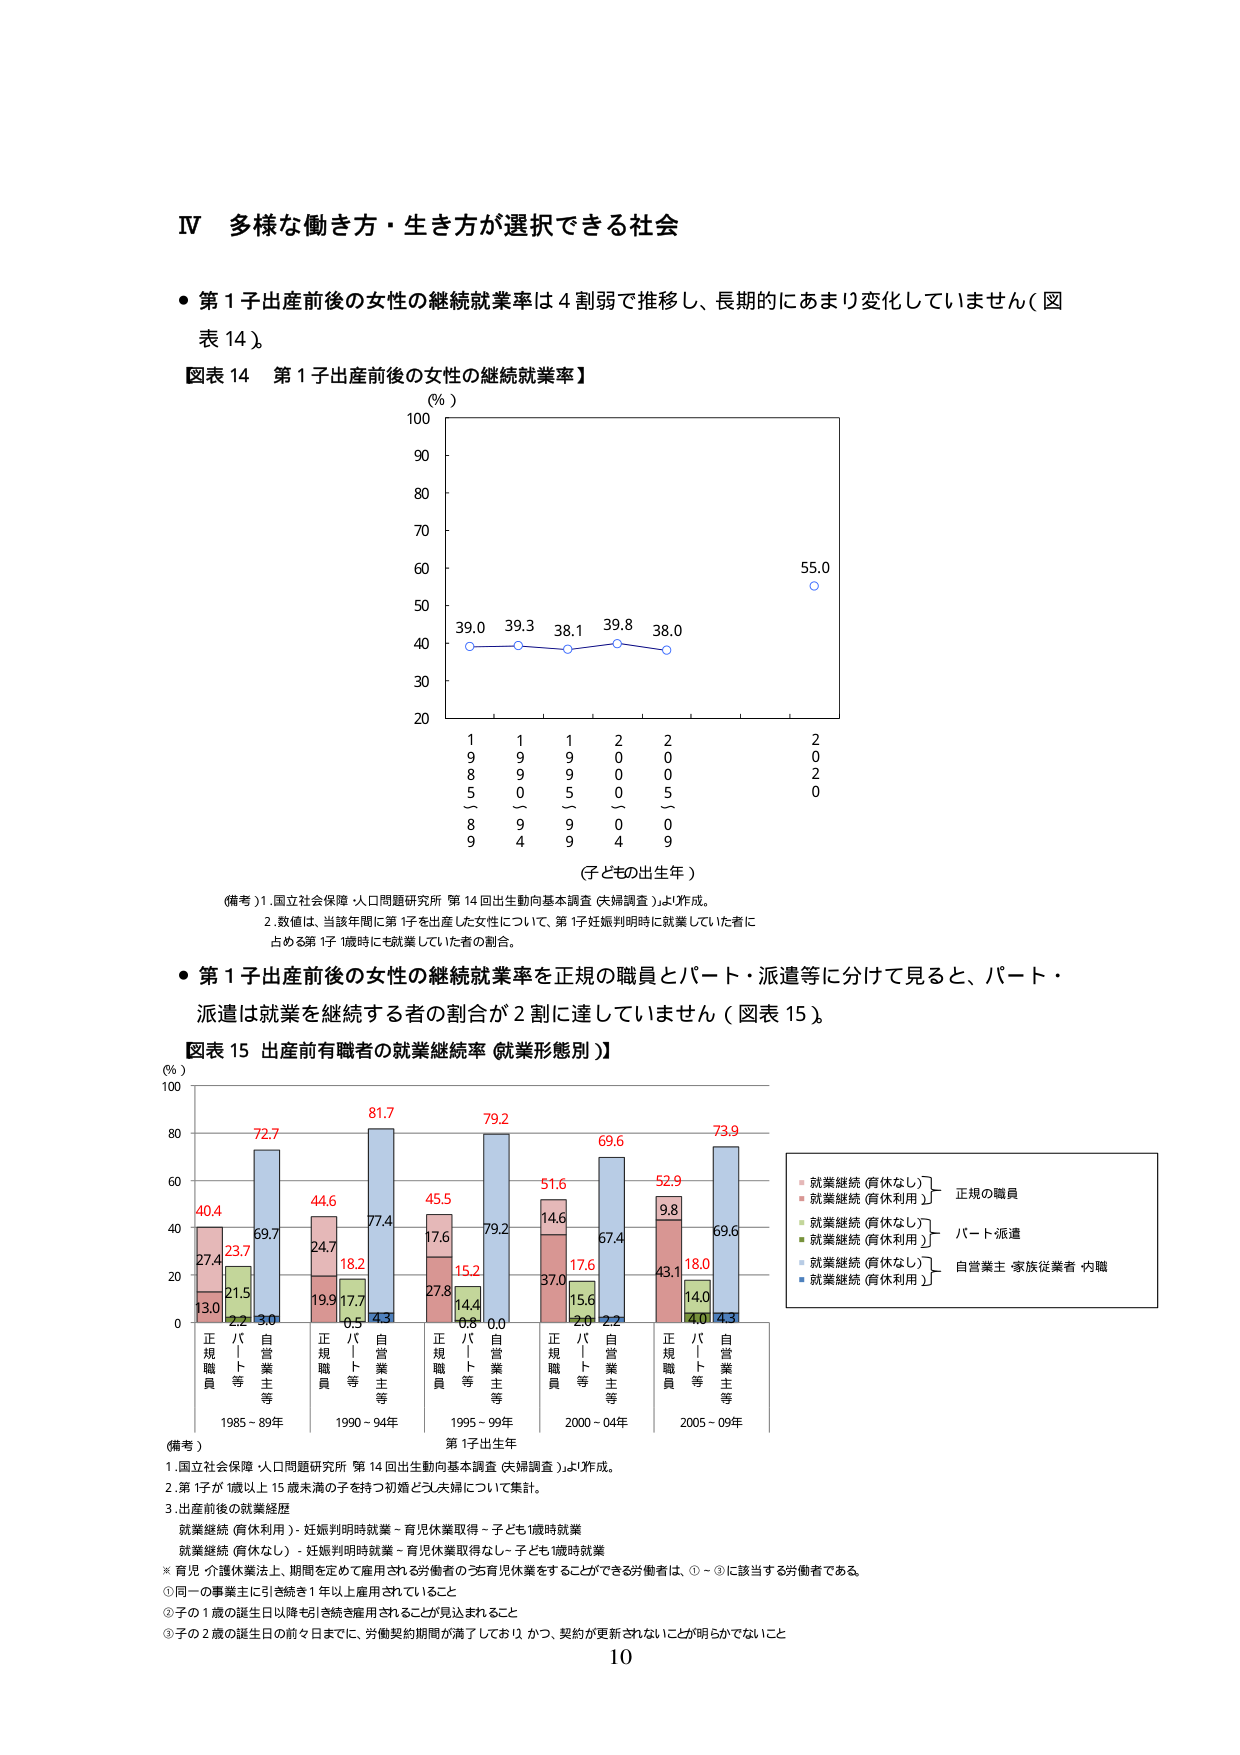
Ⅳ 多様な働き方・生き方が選択できる社会

・第1子出産前後の女性の継続就業率は4割弱で推移し、長期的にあまり変化していません（図表14）。

図表14 第1子出産前後の女性の継続就業率】

（％）
100
90
80
70
60
50
40
30
20

39.0 39.3 38.1 39.8 38.0 55.0

1 1 1 2 2 2
9 9 9 0 0 0
8 9 9 0 0 2
5 0 5 0 5 0
～ ～ ～ ～ ～
8 9 9 0 0
9 4 9 4 9

（子どもの出生年）

（備考）1. 国立社会保障・人口問題研究所 第14回出生動向基本調査（夫婦調査）より作成。
2. 数値は、当該年間に第1子を出産した女性について、第1子妊娠判明時に就業していた者に占める第1子1歳時にも就業していた者の割合。

・第1子出産前後の女性の継続就業率を正規の職員とパート・派遣等に分けて見ると、パート・派遣は就業を継続する者の割合が2割に達していません（図表15）。

図表15 出産前有職者の就業継続率（就業形態別）】

（％）
100
80
60
40
20
0

40.4 72.7 69.7 44.6 81.7 77.4 45.5 79.2 51.6 69.6 52.9 73.9
27.4 23.7 24.7 18.2 17.6 15.2 14.4 0.0 37.0 17.6 15.6 2.2 43.1 18.0 14.0 4.3
13.0 21.5 3.0 19.9 17.7 4.3 27.8 0.8 67.4 9.8 69.6

正規職員 パート等 自営業主等 正規職員 パート等 自営業主等 正規職員 パート等 自営業主等 正規職員 パート等 自営業主等 正規職員 パート等 自営業主等

1985-89年 1990-94年 1995-99年 2000-04年 2005-09年

第1子出生年

（備考）
1. 国立社会保障・人口問題研究所 第14回出生動向基本調査（夫婦調査）より作成。
2. 第1子が1歳以上15歳未満の子を持つ初婚と2人夫婦について集計。
3. 出産前後の就業経歴
就業継続（育休利用）：妊娠判明時就業－育児休業取得－子ども1歳時就業
就業継続（育休なし）：妊娠判明時就業－育児休業取得なし－子ども1歳時就業
※ 育児・介護休業法上、期間を定めて雇用される労働者のうち育児休業をすることができる労働者は、①－③に該当する労働者である。
① 同一の事業主に引き続き1年以上雇用されていること
② 子の1歳の誕生日以降も引き続き雇用されることが見込まれること
③ 子の2歳の誕生日の前々日までに、労働契約期間が満了しておらず、契約が更新されないことが明らかでないこと

就業継続（育休なし） 正規の職員
就業継続（育休利用）
就業継続（育休なし） パート派遣
就業継続（育休利用）
就業継続（育休なし） 自営業主・家族従業者・内職
就業継続（育休利用）

10